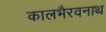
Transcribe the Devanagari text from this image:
कालभैरवनाथ